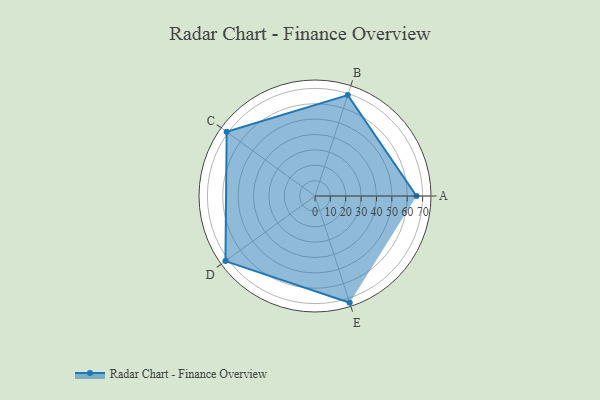
{"axis": {"x": "Skill", "y": "Score"}, "legend": ["Profile"], "data": [{"x": "A", "y": 66.0, "type": "Profile"}, {"x": "B", "y": 69.0, "type": "Profile"}, {"x": "C", "y": 71.0, "type": "Profile"}, {"x": "D", "y": 72.0, "type": "Profile"}, {"x": "E", "y": 73.0, "type": "Profile"}]}